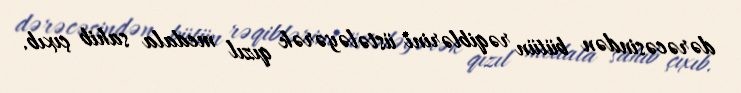
dərəcəsindən bütün rəqiblərini üstələyərək qızıl medala sahib çıxıb.